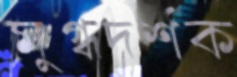
মুগ্ধদর্শক